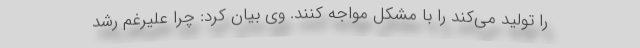
را تولید می‌کند را با مشکل مواجه کنند. وی بیان کرد: چرا علیرغم رشد